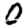
Digit: 0